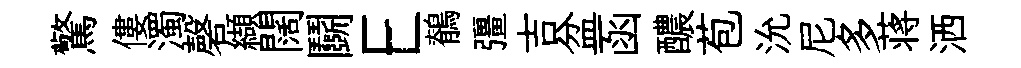
驚僂濁磬纈闊鬬E鶺彊吉盆函醲苞沇尼多蒋洒